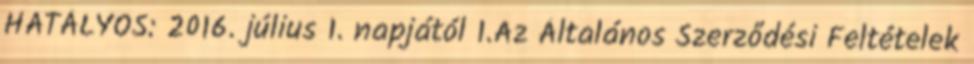
HATÁLYOS: 2016. július 1. napjától 1.Az Általános Szerződési Feltételek